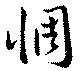
惆